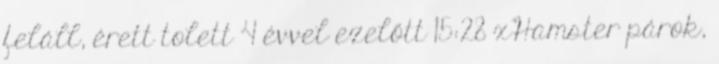
feláll, érett tolett 4 évvel ezelőtt 15:28 xHamster párok,